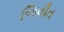
જિવીત